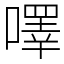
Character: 㘁